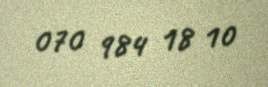
070 984 18 10